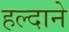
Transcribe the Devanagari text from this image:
हल्दाने